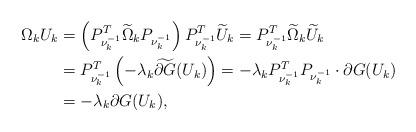
LaTeX: \begin{align*}\Omega_kU_k&=\left(P_{\nu_k^{-1}}^T\widetilde{\Omega}_kP_{\nu_k^{-1}}\right)P_{\nu_k^{-1}}^T\widetilde{U}_k=P_{\nu_k^{-1}}^T\widetilde{\Omega}_k\widetilde{U}_k\\&=P_{\nu_k^{-1}}^T\left(-\lambda_k \widetilde{\partial G}(U_k)\right)=-\lambda_kP_{\nu_k^{-1}}^TP_{\nu_k^{-1}}\cdot \partial G(U_k)\\&=-\lambda_k\partial G(U_k),\end{align*}